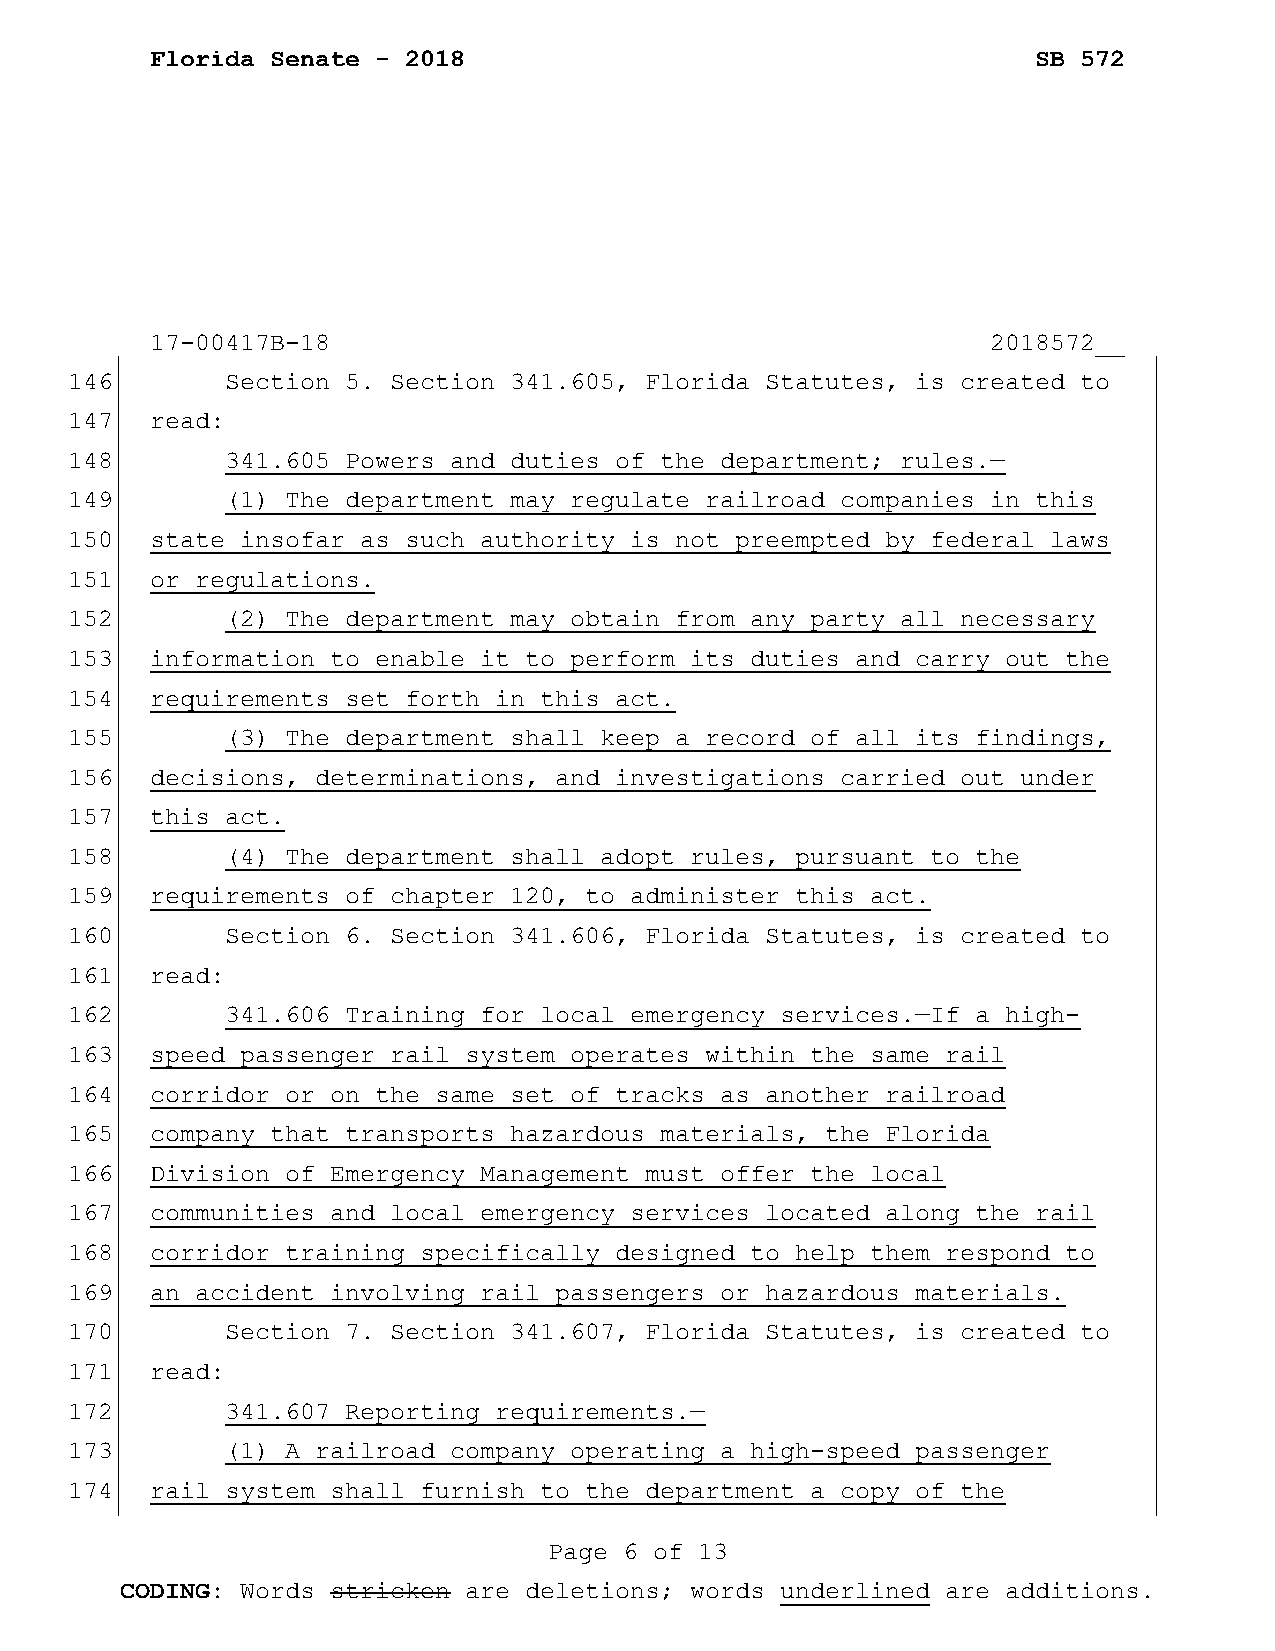
Florida Senate - 2018                                      SB 572
 17-00417B-18                                            2018572__
 146        Section 5. Section 341.605, Florida Statutes, is created to
 147   read:
 148        341.605 Powers and duties of the department; rules.—
 149        (1) The department may regulate railroad companies in this
 150   state insofar as such authority is not preempted by federal laws
 151   or regulations.
 152        (2) The department may obtain from any party all necessary
 153   information to enable it to perform its duties and carry out the
 154   requirements set forth in this act.
 155        (3) The department shall keep a record of all its findings,
 156   decisions, determinations, and investigations carried out under
 157   this act.
 158        (4) The department shall adopt rules, pursuant to the
 159   requirements of chapter 120, to administer this act.
 160        Section 6. Section 341.606, Florida Statutes, is created to
 161   read:
 162        341.606 Training for local emergency services.—If a high-
 163   speed passenger rail system operates within the same rail
 164   corridor or on the same set of tracks as another railroad
 165   company that transports hazardous materials, the Florida
 166   Division of Emergency Management must offer the local
 167   communities and local emergency services located along the rail
 168   corridor training specifically designed to help them respond to
 169   an accident involving rail passengers or hazardous materials.
 170        Section 7. Section 341.607, Florida Statutes, is created to
 171   read:
 172        341.607 Reporting requirements.—
 173        (1) A railroad company operating a high-speed passenger
 174   rail system shall furnish to the department a copy of the
 Page 6 of 13
 CODING: Words stricken are deletions; words underlined are additions.